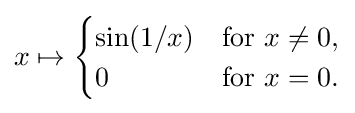
x\mapsto {\begin{cases}\sin(1/x)&{\text{for }}x\neq 0,\\0&{\text{for }}x=0.\end{cases}}